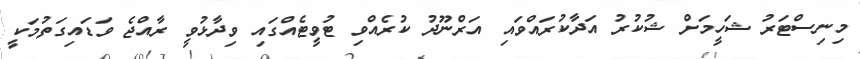
މިނިސްޓަރު ޝަހީމަށް ޝުކުރު އަދާކުރައްވައި އަރްނޫދު ކުރެއްވި ޓުވީޓެއްގައި ވިދާޅުވީ ރާއްޖެ ވަޑައިގަތުމަކީ